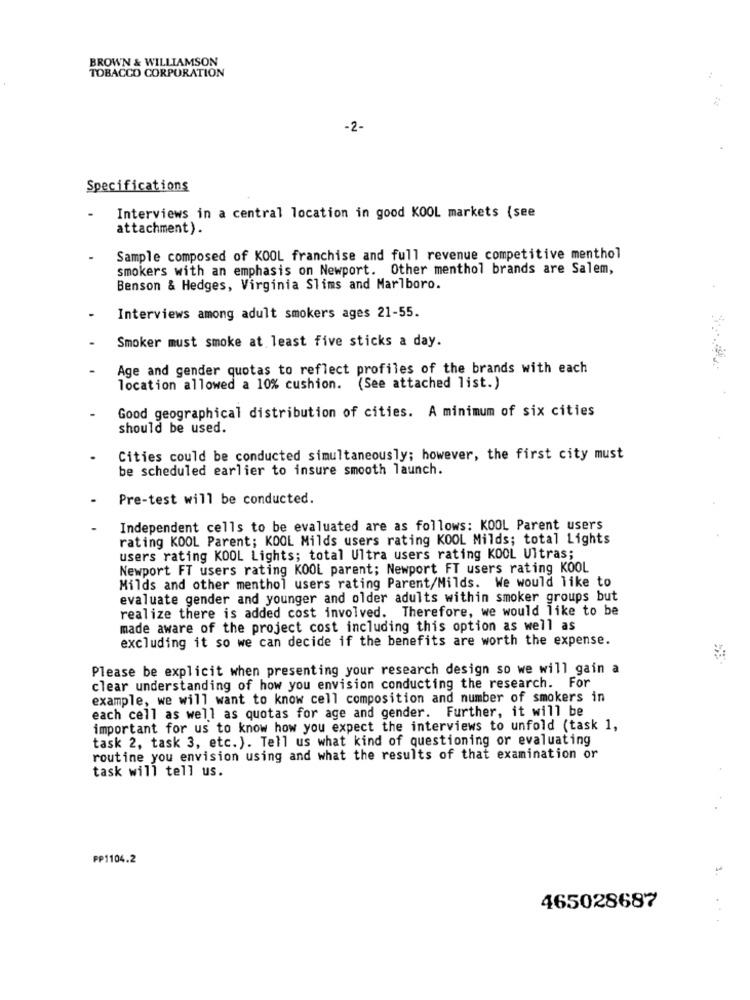
BROWN & WILLIAMSON
TOBACCO CORPORATION
-2-
Specifications
Interviews in a central location in good KOOL markets (see
attachment) .
Sample composed of KOOL franchise and full revenue competitive menthol
smokers with an emphasis on Newport. Other menthol brands are Salem,
Benson & Hedges, Virginia Slims and Marlboro.
Interviews among adult smokers ages 21-55.
Smoker must smoke at least five sticks a day.
Age and gender quotas to reflect profiles of the brands with each
location allowed a 10% cushion. (See attached list.)
Good geographical distribution of cities. A minimum of six cities
should be used.
Cities could be conducted simultaneously; however, the first city must
be scheduled earlier to insure smooth launch.
Pre-test will be conducted.
Independent cells to be evaluated are as follows: KOOL Parent users
rating KOOL Parent; KOOL Milds users rating KOOL Milds; total Lights
users rating KOOL Lights; total Ultra users rating KOOL Ultras;
Newport FT users rating KOOL parent; Newport FT users rating KOOL
Milds and other menthol users rating Parent/Milds. We would like to
evaluate gender and younger and older adults within smoker groups but
realize there is added cost involved. Therefore, we would like to be
made aware of the project cost including this option as well as
excluding it so we can decide if the benefits are worth the expense.
Please be explicit when presenting your research design so we will gain a
clear understanding of how you envision conducting the research. For
example, we will want to know cell composition and number of smokers in
each cell as well as quotas for age and gender. Further, it will be
important for us to know how you expect the interviews to unfold (task 1,
task 2, task 3, etc.). Tell us what kind of questioning or evaluating
routine you envision using and what the results of that examination or
task will tell us.
PP1104.2
465028687